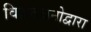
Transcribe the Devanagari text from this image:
विद्वतजनोद्वारा